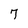
Character: 7